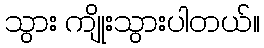
သွား ကျိုးသွားပါတယ်။